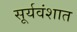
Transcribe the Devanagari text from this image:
सूर्यवंशात